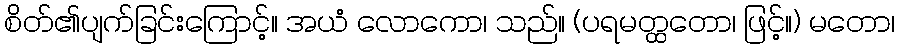
စိတ်၏ပျက်ခြင်းကြောင့်။ အယံ လောကော၊ သည်။ (ပရမတ္ထတော၊ ဖြင့်။) မတော၊